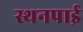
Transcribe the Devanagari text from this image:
स्थनपाई